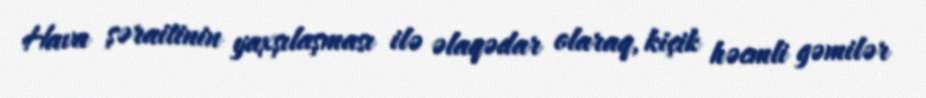
Hava şəraitinin yaxşılaşması ilə əlaqədar olaraq, kiçik həcmli gəmilər